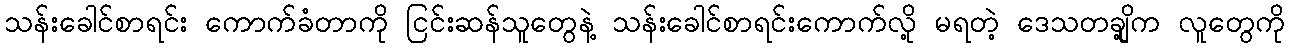
သန်းခေါင်စာရင်း ကောက်ခံတာကို ငြင်းဆန်သူတွေနဲ့ သန်းခေါင်စာရင်းကောက်လို့ မရတဲ့ ဒေသတချို့က လူတွေကို